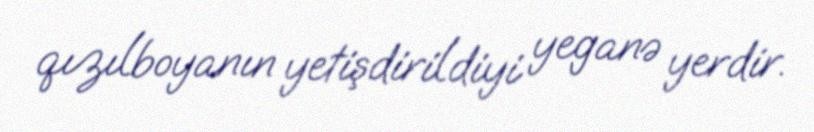
qızılboyanın yetişdirildiyi yeganə yerdir.